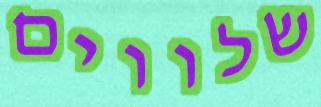
שלווים